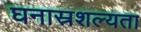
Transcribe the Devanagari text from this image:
घनास्रशल्यता